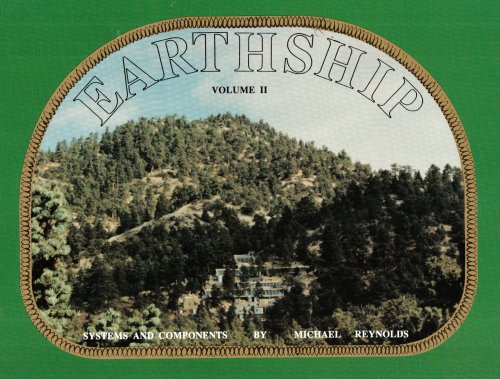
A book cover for Earthship: Systems and Components vol. 2; Michael Reynolds; Science & Math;